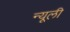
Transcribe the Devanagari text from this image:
न्यूली